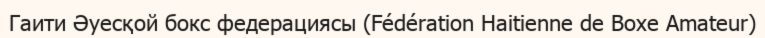
Гаити Әуесқой бокс федерациясы (Fédération Haitienne de Boxe Amateur)